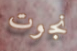
نجوت